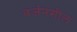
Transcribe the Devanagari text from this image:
वर्जनशील